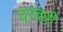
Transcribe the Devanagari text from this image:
दरबारीं